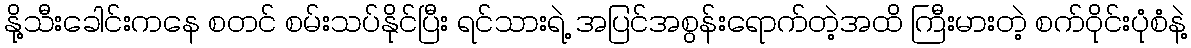
နို့သီးခေါင်းကနေ စတင် စမ်းသပ်နိုင်ပြီး ရင်သားရဲ့ အပြင်အစွန်းရောက်တဲ့အထိ ကြီးမားတဲ့ စက်ဝိုင်းပုံစံနဲ့